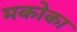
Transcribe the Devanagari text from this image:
मकोका